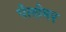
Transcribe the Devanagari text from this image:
पेलोमर